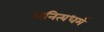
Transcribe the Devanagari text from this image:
अनित्यधर्म